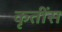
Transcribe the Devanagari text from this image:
कृतींस